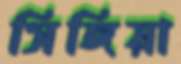
সিঙ্গিয়া